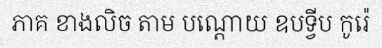
ភាគ ខាងលិច តាម បណ្តោយ ឧបទ្វីប កូរ៉េ